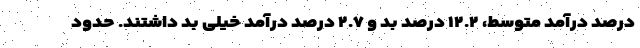
درصد درآمد متوسط، ۱۲.۲ درصد بد و ۲.۷ درصد درآمد خیلی بد داشتند. حدود